Civil Veterinary Dept. Bombay admin report 1914-1922 - 1914-1922
Year: 1914
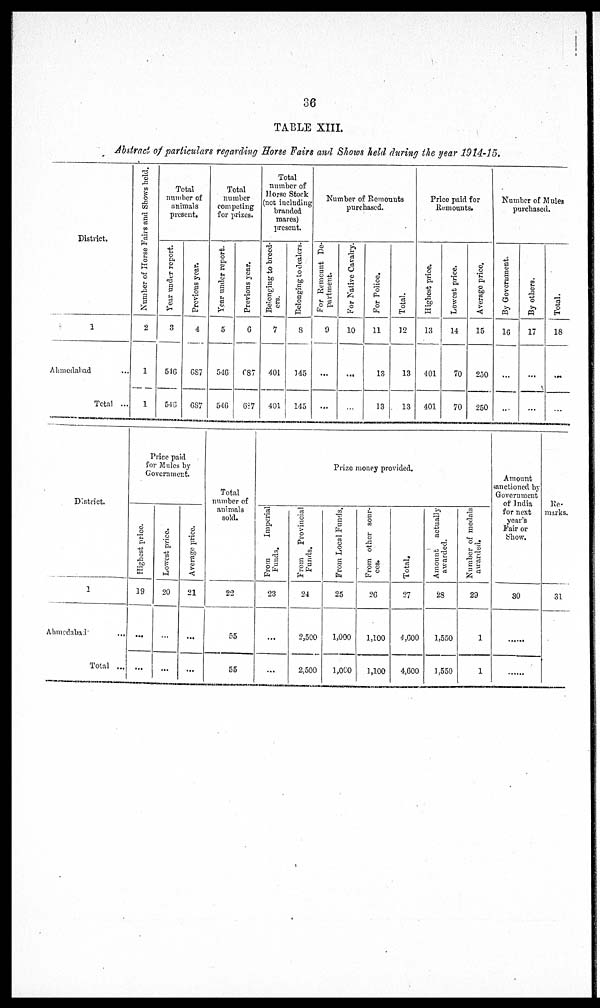
36
TABLE XIII.
Abstract of particulars regarding Horse Fairs and Shows held during the year 1914-15.
District.
1
Ahmedahad ...
Total ...
Number of Horse Fairs and Shows held.
2
1
1
Total
number of
animals
present.
Year under report.
3
516
548
Previous year.
4
687
687
Total
number
competing
for prizes.
Year under report.
5
546
546
Previous year.
6
687
687
Total
number of
Horse Stock
(not including
branded
mares)
present.
Belonging to breed-
ers.
7
401
401
Belonging to dealers.
8
145
145
Number of Remounts
purchased.
For Remount De-
partment.
9
...
...
For Native Cavalry.
10
...
...
For Police.
11
13
13
Total.
12
13
13
Price paid for
Remounts.
Highest price.
13
401
401
Lowest price.
14
70
70
Average price.
15
250
250
Number of Mules
purchased.
By Government.
1G
...
By others.
17
...
...
Total.
18
...
District.
1
Ahmedabad
...
Total ...
Price paid
for Mules by
Government
Highest price.
19
...
...
Lowest price.
20
...
...
Average price.
21
...
...
Total
number of
animals
sold.
22
55
55
Prize money provided.
From
Imperial
Funds.
23
...
...
From
Provincial
Funds.
24
2,500
2,500
From Local Funds.
25
1,000
1,000
From other sour-
ces.
26
1,100
1,100
Total.
27
4,600
4,600
Amount actually
awarded.
28
1,550
1,550
Number of medals
awarded.
29
1
1
Amount
sanctioned by
Government
of India
for next
year's
Fair or
Show.
30
Re-
marks.
31